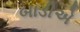
બાડીએ